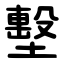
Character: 墼